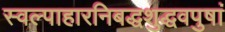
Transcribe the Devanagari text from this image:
स्वल्पाहारनिबद्धशुद्धवपुषां